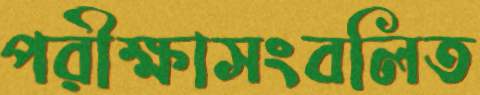
পরীক্ষাসংবলিত